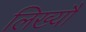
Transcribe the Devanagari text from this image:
लिख्यौ